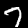
Digit: 7